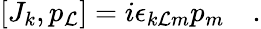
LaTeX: [J_{k},p_{\mathcal{L}}]=i\epsilon_{k\mathcal{L}m}p_{m}~~~~.